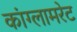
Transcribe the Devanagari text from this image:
कांग्लामरेट